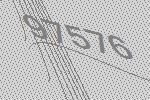
97576